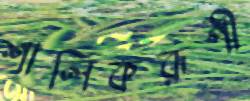
শালিকরূপী